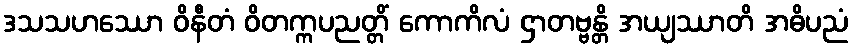
ဒသသဟဿော ဝိနီတံ ဝိတက္ကပညတ္တိံ ကောကိလံ ဌာတဗ္ဗန္တိ အယျဿာတိ အဓိပညံ